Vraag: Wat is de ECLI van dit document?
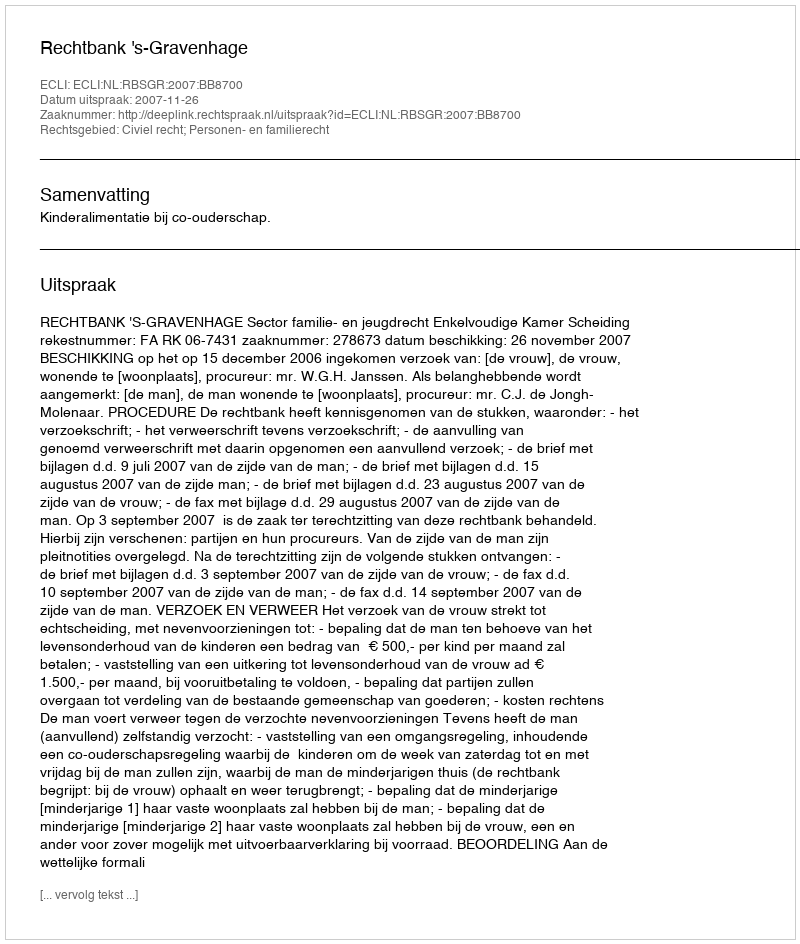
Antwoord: ECLI:NL:RBSGR:2007:BB8700